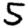
Digit: 5